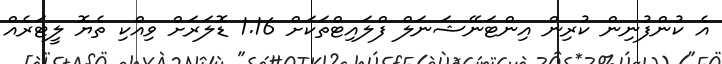
އެ ކުންފުނިން ކުރިން އިންޓަނޭޝަނަލް ފްލައިޓްތަކަށް 1.16 ޑޮލަރަށް ވިއްކި ތެޔޮ ލީޓަރެއް